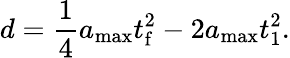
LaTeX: d=\frac{1}{4}a_{\mathrm{max}}t_{\mathrm{f}}^{2}-2a_{\mathrm{max}}t_{1}^{2}.